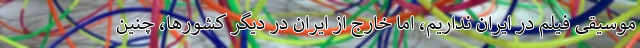
موسیقی فیلم در ایران نداریم، اما خارج از ایران در دیگر کشورها، چنین